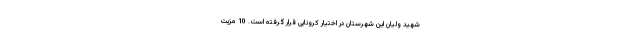
شهید ولیان این شهرستان در اختیار کرونایی قرار گرفته است. 10 مزیت